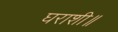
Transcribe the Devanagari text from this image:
घराशी॥